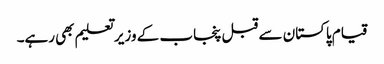
قیام پاکستان سے قبل پنجاب کے وزیر تعلیم بھی رہے۔